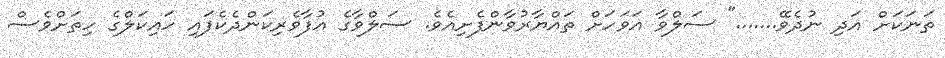
ތަނަކަށް އަދި ނުދެވޭ......." ސަލްވާ އަވަހަށް ތައްޔާރުވާންފެށިއެވެ. ސަލްވާގެ އުފާވެރިކަންދެކެފައި ހައިކަލްގެ ހިތަށްވެސް